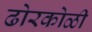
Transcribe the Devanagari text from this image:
ढोरकोळी